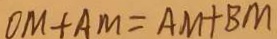
O M + A M = A M + B M